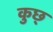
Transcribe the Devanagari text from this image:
कुछ्‍